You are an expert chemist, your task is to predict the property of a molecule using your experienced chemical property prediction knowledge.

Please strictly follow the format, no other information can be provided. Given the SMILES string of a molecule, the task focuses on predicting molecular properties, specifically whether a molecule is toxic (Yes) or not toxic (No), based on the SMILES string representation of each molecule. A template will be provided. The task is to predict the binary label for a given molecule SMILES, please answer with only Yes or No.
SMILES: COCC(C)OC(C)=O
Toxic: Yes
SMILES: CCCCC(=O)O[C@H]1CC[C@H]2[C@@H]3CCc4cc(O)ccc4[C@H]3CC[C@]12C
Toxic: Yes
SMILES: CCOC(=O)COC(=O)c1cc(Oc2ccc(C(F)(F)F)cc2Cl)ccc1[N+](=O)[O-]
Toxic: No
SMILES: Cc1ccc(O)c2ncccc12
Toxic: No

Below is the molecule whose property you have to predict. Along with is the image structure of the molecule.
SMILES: CNC.O=C(O)COc1ccc(Cl)cc1Cl
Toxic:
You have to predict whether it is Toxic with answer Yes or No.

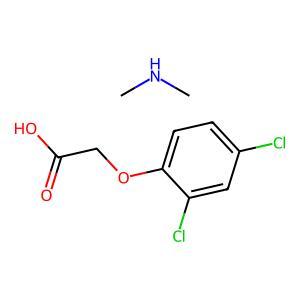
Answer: No